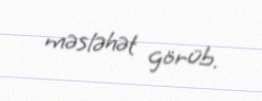
məsləhət görüb.